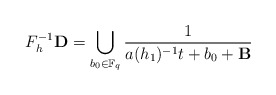
\begin{align*}F_{h}^{-1} {\mathbf D} = \bigcup_{b_{0} \in \mathbb F_{q}} \frac{1}{ a (h_{1})^{-1} t + b_{0} + {\bf B}}\end{align*}